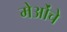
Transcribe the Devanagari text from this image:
मेओंचे